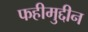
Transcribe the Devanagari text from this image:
फहीमुद्दीन